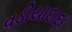
વડીયાદાદા